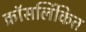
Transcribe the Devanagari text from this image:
क्रॉसलिंकित